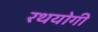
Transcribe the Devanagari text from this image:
रथयोगी